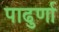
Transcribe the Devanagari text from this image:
पाढुर्णा